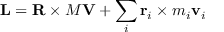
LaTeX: \mathbf { L } = \mathbf { R } \times M \mathbf { V } + \sum _ { i } \mathbf { r } _ { i } \times m _ { i } \mathbf { v } _ { i }